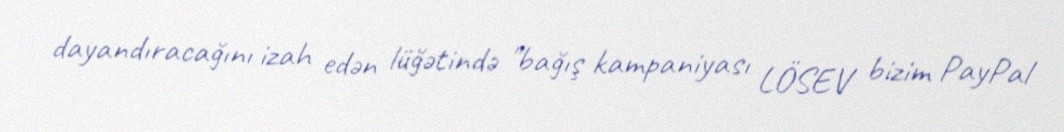
dayandıracağını izah edən lüğətində "bağış kampaniyası LÖSEV bizim PayPal